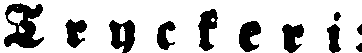
Tryckeri: